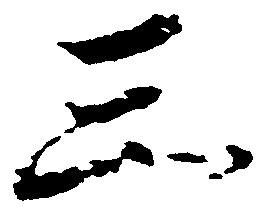
三